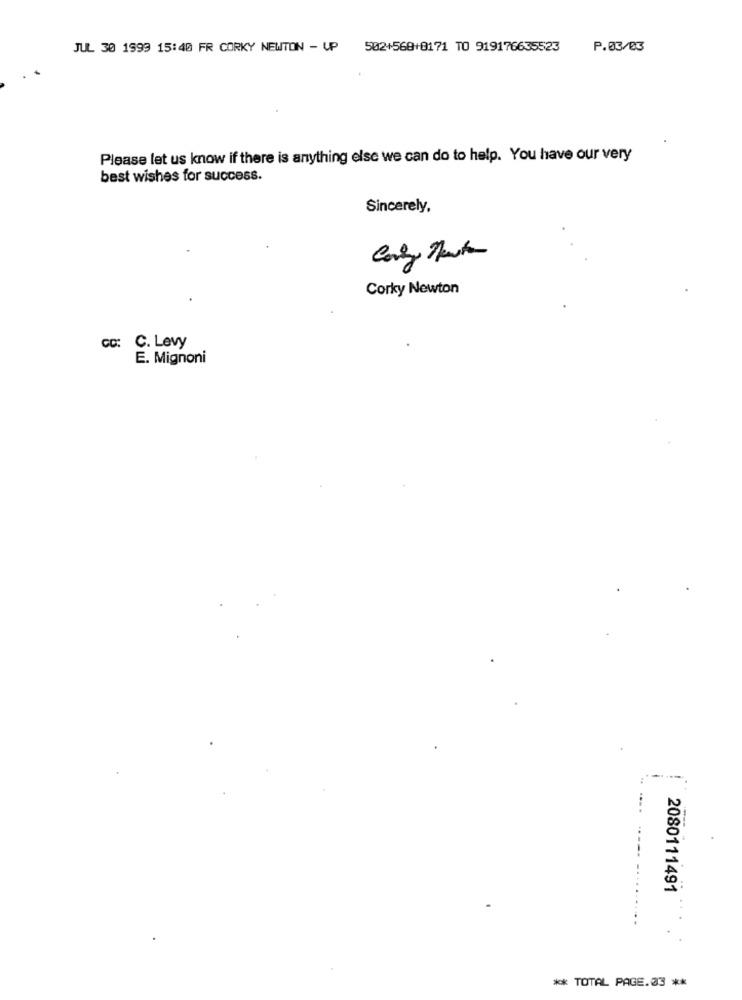
JUL 30 1999 15:40 FR CORKY NEWTON - UP 502+569+8171 TO 919176635523
P.03/03
Please let us know if there is anything else we can do to help. You have our very
best wishes for success.
Sincerely,
Corky Newton
cc: C. Levy
E. Mignoni
2080111491
** TOTAL PAGE.03 **